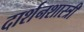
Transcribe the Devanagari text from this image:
दार्शनशास्त्री